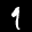
Label: 9